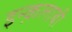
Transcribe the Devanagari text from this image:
इन्क़लाबी